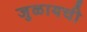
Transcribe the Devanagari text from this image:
जुळायची